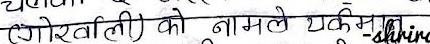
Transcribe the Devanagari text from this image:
गोरखालीसको नामले एक-शिव